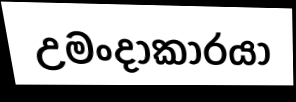
උමංදාකාරයා